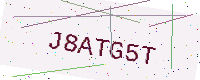
Text: J8ATG5T